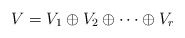
\begin{align*}V=V_1\oplus V_2\oplus\dotsm\oplus V_{r}\end{align*}